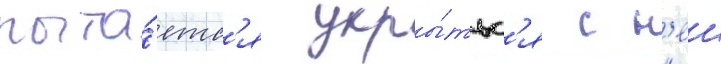
пыта́етс'я укры́тьс'я с н'еи